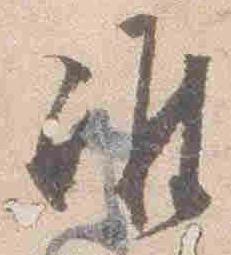
准